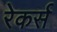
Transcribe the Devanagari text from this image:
रेकर्स